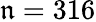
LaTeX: \mathfrak{n}=316